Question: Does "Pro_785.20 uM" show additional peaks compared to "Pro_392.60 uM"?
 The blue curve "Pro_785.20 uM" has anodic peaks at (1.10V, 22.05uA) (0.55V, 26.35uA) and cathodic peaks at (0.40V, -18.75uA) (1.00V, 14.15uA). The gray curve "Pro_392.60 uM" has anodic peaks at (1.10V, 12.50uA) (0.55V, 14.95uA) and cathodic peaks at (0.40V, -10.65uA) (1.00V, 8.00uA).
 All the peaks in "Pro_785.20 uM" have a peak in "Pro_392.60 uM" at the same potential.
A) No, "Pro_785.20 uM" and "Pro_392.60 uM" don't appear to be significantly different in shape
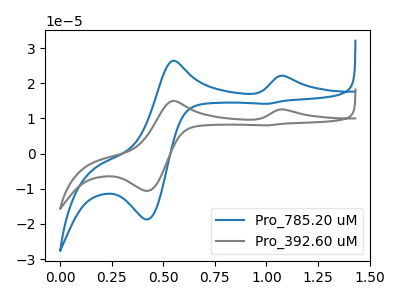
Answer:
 <answer>A) No, "Pro_785.20 uM" and "Pro_392.60 uM" don't appear to be significantly different in shape</answer>
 <eval>A</eval>